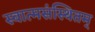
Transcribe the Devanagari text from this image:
स्वात्मसंस्थितम्